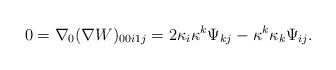
LaTeX: \begin{align*}0=\nabla_0(\nabla W)_{00i1j}=2\kappa_i\kappa^k\Psi_{kj}-\kappa^k\kappa_k\Psi_{ij}.\end{align*}